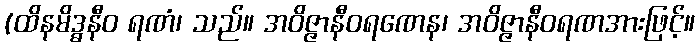
(ထိနမိဒ္ဓနီဝ ရဏံ၊ သည်။ အဝိဇ္ဇာနီဝရဏေန၊ အဝိဇ္ဇာနီဝရဏအားဖြင့်။